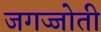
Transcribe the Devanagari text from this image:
जगज्जोती